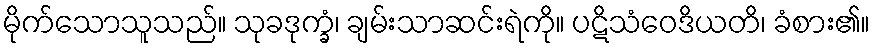
မိုက်သောသူသည်။ သုခဒုက္ခံ၊ ချမ်းသာဆင်းရဲကို။ ပဋိသံဝေဒိယတိ၊ ခံစား၏။